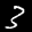
Label: 3